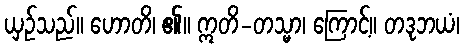
ယှဉ်သည်။ ဟောတိ၊ ၏။ ဣတိ-တသ္မာ၊ ကြောင့်။ တဒုဘယံ၊